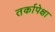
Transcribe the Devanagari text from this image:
तर्कापेक्षा